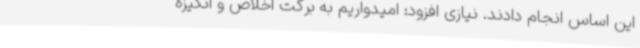
این اساس انجام دادند. نیازی افزود: امیدواریم به برکت اخلاص و انگیزه